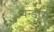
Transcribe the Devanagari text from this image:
वेन्डीस